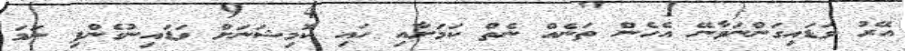
އޭރު ވަޑައިގަންނަވާނޭ އެހެން ތަނެއް ނެތް ކަމަށާއި ހައި ކޮމިޝަނަށް ވަޑައިނުގެންފި ނަމަ